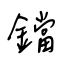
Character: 鐺